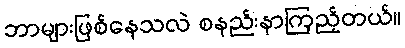
ဘာများဖြစ်နေသလဲ စနည်းနာကြည့်တယ်။